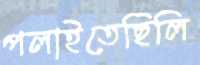
পলাইতেছিলি